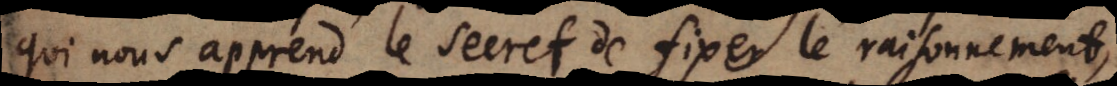
qui nous apprend le secret de fixer le raisonnement,